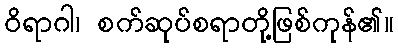
ဝိရာဂါ၊ စက်ဆုပ်စရာတို့ဖြစ်ကုန်၏။